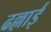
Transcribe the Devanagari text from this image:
ढल्लाई